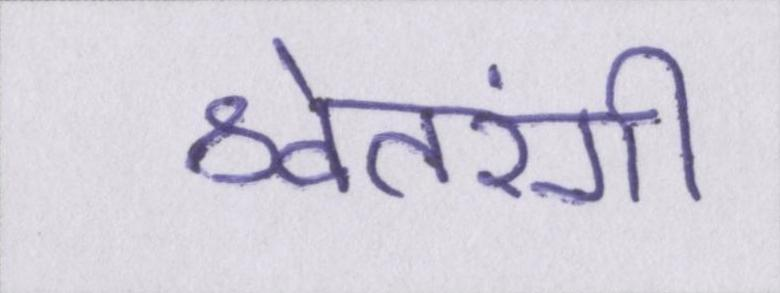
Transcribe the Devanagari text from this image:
श्वेतरंगी